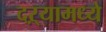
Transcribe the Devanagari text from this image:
दऱ्यामध्ये